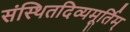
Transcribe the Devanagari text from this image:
संस्थितदिव्यमूर्तिम्